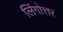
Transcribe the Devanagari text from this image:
लिंगोत्तर